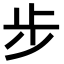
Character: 步